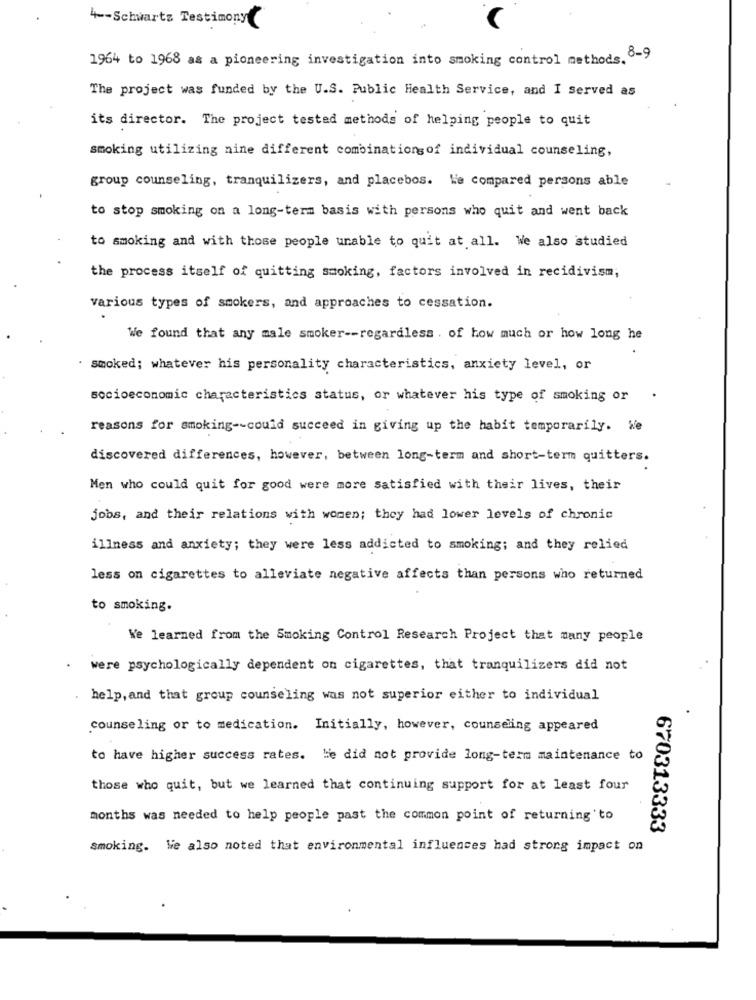
4 -- Schwartz Testimony
1964 to 1968 as a pioneering investigation into smoking control methods. 8-9
The project was funded by the U.S. Public Health Service, and I served as
its director. The project tested methods of helping people to quit
smoking utilizing nine different combinationsof individual counseling,
group counseling, tranquilizers, and placebos. We compared persons able
to stop smoking on a long-term basis with persons who quit and went back
to smoking and with those people unable to quit at all. We also studied
the process itself of quitting smoking, factors involved in recidivism;
various types of smokers, and approaches to cessation.
We found that any male smoker -- regardless . of how much or how long he
smoked; whatever his personality characteristics, anxiety level, or
socioeconomic characteristics status, or whatever his type of smoking or
reasons for smoking -- could succeed in giving up the habit temporarily. We
discovered differences, however, between long-term and short-term quitters.
Men who could quit for good were more satisfied with their lives, their
jobs, and their relations with women; they had lower levels of chronic
illness and anxiety; they were less addicted to smoking; and they relied
less on cigarettes to alleviate negative affects than persons who returned
to smoking.
We learned from the Smoking Control Research Project that many people
were psychologically dependent on cigarettes, that tranquilizers did not
help, and that group counseling was not superior either to individual
counseling or to medication. Initially, however, counseling appeared
to have higher success rates. He did not provide long-term maintenance to
those who quit, but we learned that continuing support for at least four
months was needed to help people past the common point of returning to
670313333
smoking. We also noted that environmental influences had strong impact on